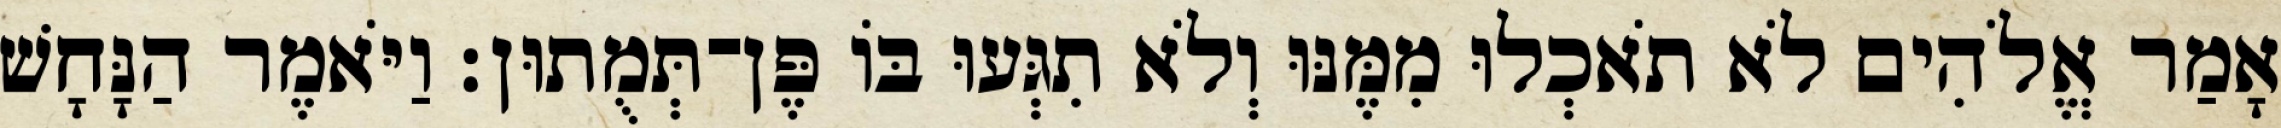
אָמַר אֱלֹהִים לֹא תֹאכְלוּ מִמֶּנּוּ וְלֹא תִגְּעוּ בֹּו פֶּן־תְּמֻתוּן׃ וַיֹּאמֶר הַנָּחָשׁ